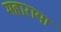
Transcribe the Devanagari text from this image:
महाराया